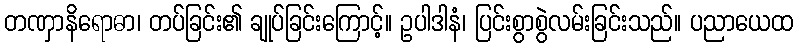
တဏှာနိရောဓာ၊ တပ်ခြင်း၏ ချုပ်ခြင်းကြောင့်။ ဥပါဒါနံ၊ ပြင်းစွာစွဲလမ်းခြင်းသည်။ ပညာယေထ